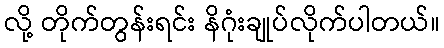
လို့ တိုက်တွန်းရင်း နိဂုံးချုပ်လိုက်ပါတယ်။